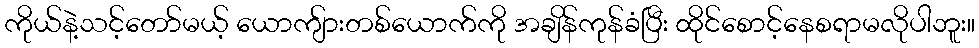
ကိုယ်နဲ့သင့်တော်မယ့် ယောကျ်ားတစ်ယောက်ကို အချိန်ကုန်ခံပြီး ထိုင်စောင့်နေစရာမလိုပါဘူး။